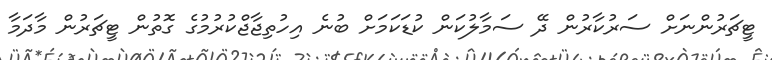
ޓީޗަރުންނަށް ސަރުކާރުން ދޭ ސަމާލުކަން ކުޑަކަމަށް ބުނެ އިހުތިޖާޖްކުރުމުގެ ގޮތުން ޓީޗަރުން މާދަމާ